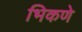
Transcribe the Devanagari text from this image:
भिकणे